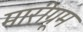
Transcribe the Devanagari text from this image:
मारीग्रूम